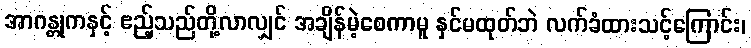
အာဂန္တုကနှင့် ဧည့်သည်တို့လာလျှင် အချိန်မဲ့စေကာမူ နှင်မထုတ်ဘဲ လက်ခံထားသင့်ကြောင်း၊